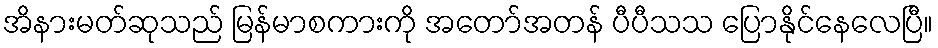
အိနားမတ်ဆုသည် မြန်မာစကားကို အတော်အတန် ပီပီသသ ပြောနိုင်နေလေပြီ။